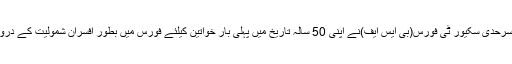
بھارتی میڈیا کے مطابقسرحدی سکیور ٹی فورس(بی ایس ایف)نے اپنی 50 سالہ تاریخ میں پہلی بار خواتین کیلئے فورس میں بطور افسران شمولیت کے دروازے کھول دےئے ہیں۔